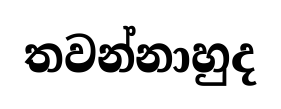
තවන්නාහුද